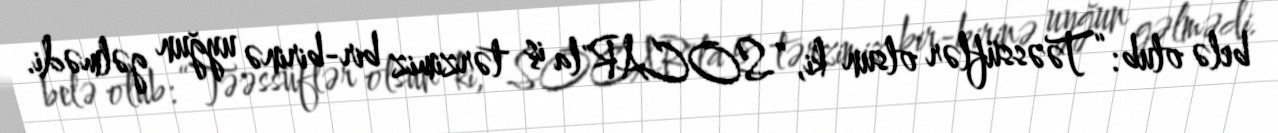
belə olub: “Təəssüflər olsun ki, ”SOCAR"la iş tərzimiz bir-birinə uyğun gəlmədi.